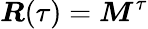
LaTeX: \boldsymbol{R}(\tau)=\boldsymbol{M}^{\tau}